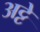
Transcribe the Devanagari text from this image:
अट्टे